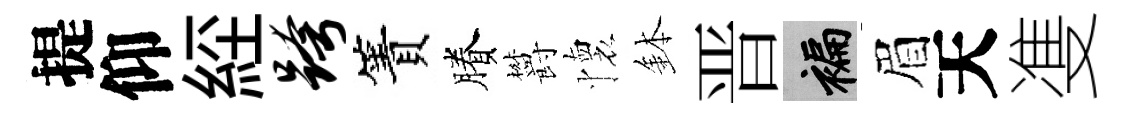
提仰𦀇跨簀賸欝懷鉢晋褊眉天㕠